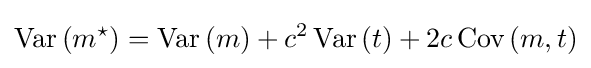
{\textrm {Var}}\left(m^{\star }\right)={\textrm {Var}}\left(m\right)+c^{2}\,{\textrm {Var}}\left(t\right)+2c\,{\textrm {Cov}}\left(m,t\right)